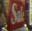
sale